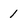
Character: 1